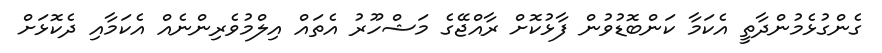
ގެންގުޅެމުންދާތީ އެކަމާ ކަންބޮޑުވުން ފާޅުކޮށް ރާއްޖޭގެ މަޝްހޫރު އެތައް އިލްމުވެރިންނެއް އެކަމާއި ދެކޮޅަށް